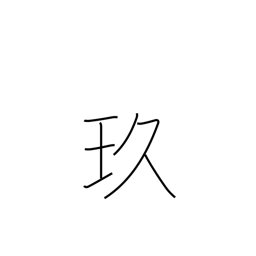
Meaning: beautiful black jewel